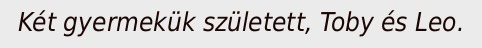
Két gyermekük született, Toby és Leo.